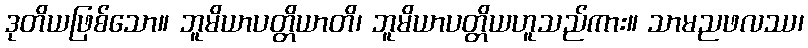
ဒုတိယဖြစ်သော။ ဘူမိယာပတ္တိယာတိ၊ ဘူမိယာပတ္တိယဟူသည်ကား။ သာမညဖလဿ၊